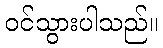
ဝင်သွားပါသည်။